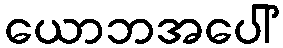
ယောဘအပေါ်